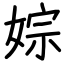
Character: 婃